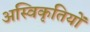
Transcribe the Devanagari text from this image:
अस्विकृतियों